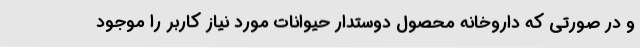
و در صورتی که داروخانه محصول دوستدار حیوانات مورد نیاز کاربر را موجود